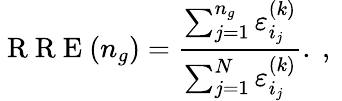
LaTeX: \mathrm{~R~R~E~}(n_{g})=\frac{\sum_{j=1}^{n_{g}}\varepsilon_{i_{j}}^{(k)}}{\sum_{j=1}^{N}\varepsilon_{i_{j}}^{(k)}}.\mathrm{~,~}